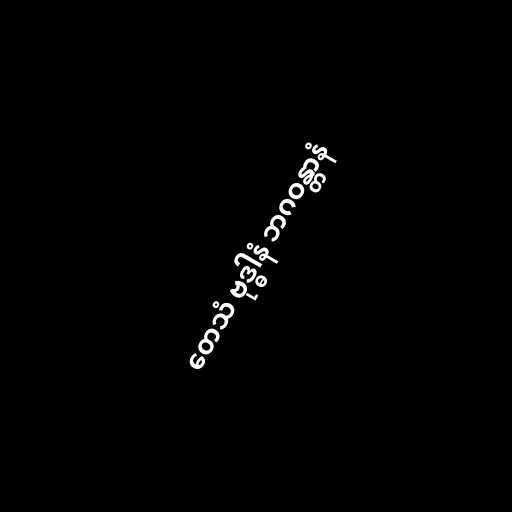
တေသံ ဗုဒ္ဓါနံ ဘဂဝန္တာနံ